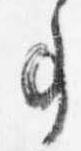
事